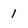
Character: 1